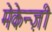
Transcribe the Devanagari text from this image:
मेकेन्ज़ी